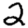
Digit: 2